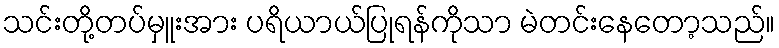
သင်းတို့တပ်မှူးအား ပရိယာယ်ပြုရန်ကိုသာ မဲတင်းနေတော့သည်။